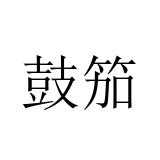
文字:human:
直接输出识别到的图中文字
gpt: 鼓笳